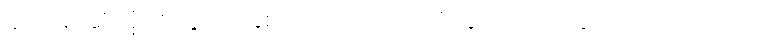
ဆက်၍ဆိုအံ့။ ဧတ္ထ၊ ဤနှစ်ပါးသော ဘဝတို့တွင်။ ဥပပတ္တိ၊ သည်။ ဘဝတိ၊